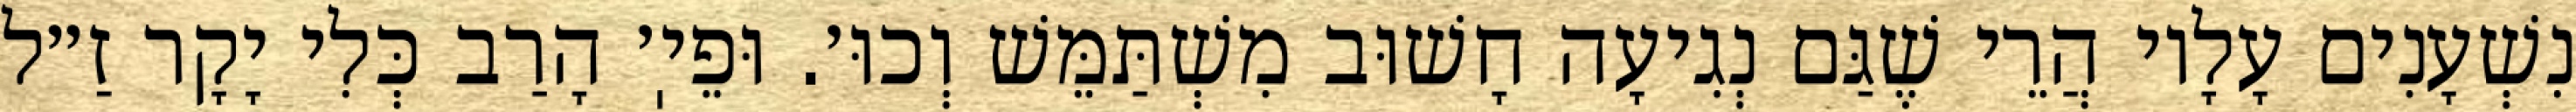
נִשְׁעָנִים עָלָיו הֲרֵי שֶׁגַּם נְגִיעָה חָשׁוּב מִשְׁתַּמֵּשׁ וְכוּ׳. וּפֵיֽ׳ הָרַב כְּלִי יָקָר זַ״ל